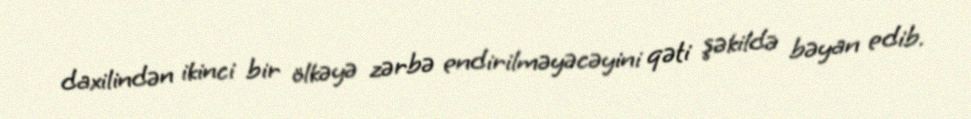
daxilindən ikinci bir ölkəyə zərbə endirilməyəcəyini qəti şəkildə bəyan edib.